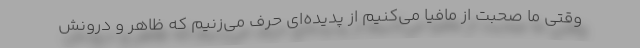
وقتی ما صحبت از مافیا می‌کنیم از پدیده‌ای حرف می‌زنیم که ظاهر و درونش